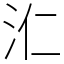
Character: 𣲚